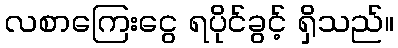
လစာကြေးငွေ ရပိုင်ခွင့် ရှိသည်။